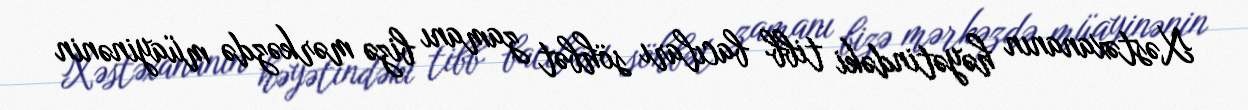
Xəstəxananın həyətindəki tibb bacıları söhbət zamanı bizə mərkəzdə müayinənin